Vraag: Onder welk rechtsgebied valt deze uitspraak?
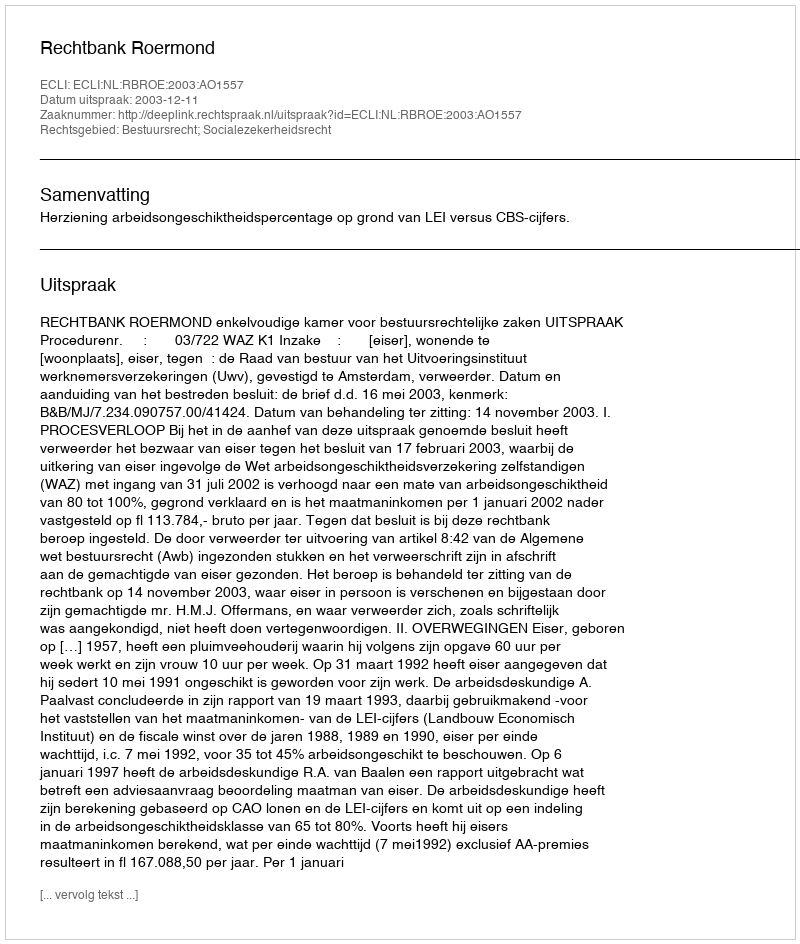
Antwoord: Bestuursrecht; Socialezekerheidsrecht